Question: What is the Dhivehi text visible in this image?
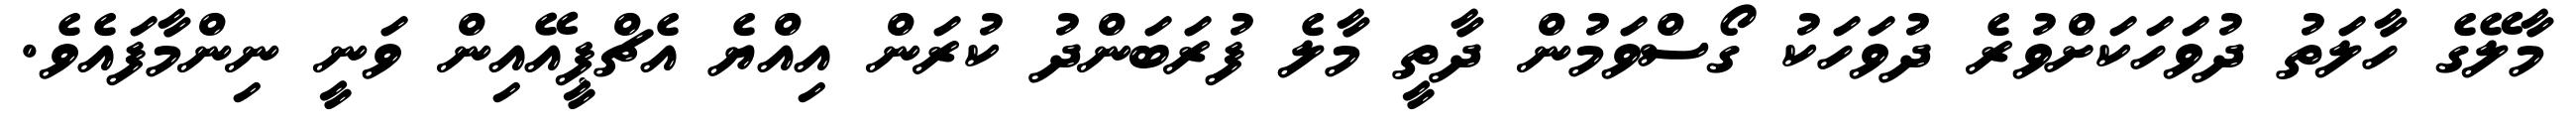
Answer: މާލޭގެ ހާލަތު ދުވަހަކަށްވުރެ ދުވަހަކު ގޯސްވަމުން ދާތީ މާލެ ފުރަބަންދު ކުރަން އިއްޔެ އެޗްޕީއޭއިން ވަނީ ނިންމާފައެވެ.